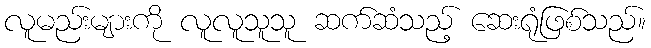
လူမည်းများကို လူလူသူသူ ဆက်ဆံသည့် ဆေးရုံဖြစ်သည်။